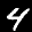
Label: 4